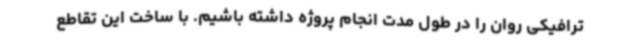
ترافیکی روان را در طول مدت انجام پروژه داشته باشیم. با ساخت این تقاطع